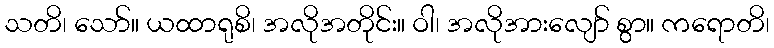
သတိ၊ သော်။ ယထာရုစိ၊ အလိုအတိုင်း။ ဝါ၊ အလိုအားလျော် စွာ။ ကရောတိ၊